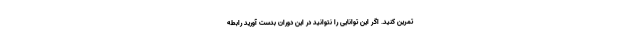
تمرین کنید. اگر این توانایی را نتوانید در این دوران بدست آورید رابطه